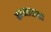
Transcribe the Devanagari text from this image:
कम्मासन्द्रा